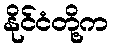
နိုင်ငံတို့က